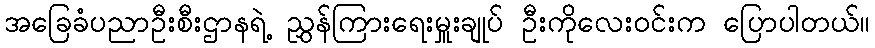
အခြေခံပညာဦးစီးဌာနရဲ့ ညွှန်ကြားရေးမှူးချုပ် ဦးကိုလေးဝင်းက ပြောပါတယ်။